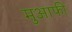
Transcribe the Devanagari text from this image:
मुआफी